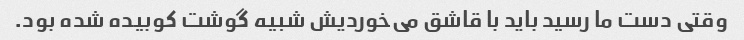
وقتی دست ما رسید باید با قاشق می‌خوردیش شبیه گوشت کوبیده شده بود.